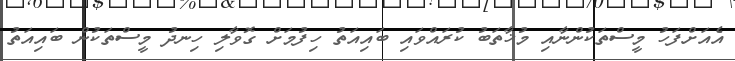
އެއަށްފަހު މީސްތަކުންނާއި މުޚާތަބު ކުރައްވައި ބައިއަތު ހިފުމަށް ގޮވާލި ހިނދު މީސްތަކުން ބައިއަތު